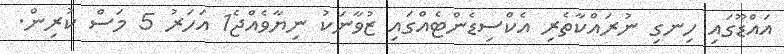
އައްޑޫގައި ހިނގި ނުރައްކާތެރި އެކްސިޑެންޓެއްގައި ޒުވާނަކު ނިޔާވެއްޖެ1 އަހަރު 5 މަސް ކުރިން.